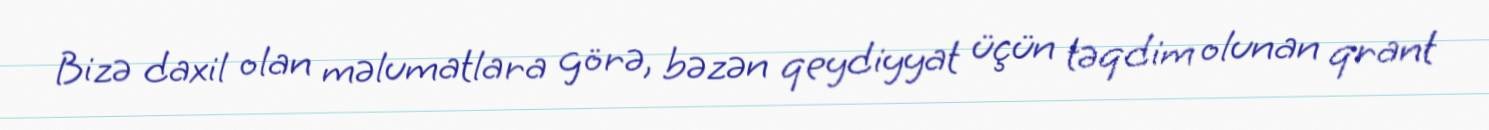
Bizə daxil olan məlumatlara görə, bəzən qeydiyyat üçün təqdim olunan qrant